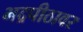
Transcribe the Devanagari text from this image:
भद्रपीठावर